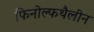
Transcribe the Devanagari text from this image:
फिनोल्फथैलीन